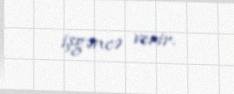
işgəncə verir.